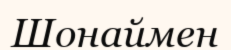
Шонаймен